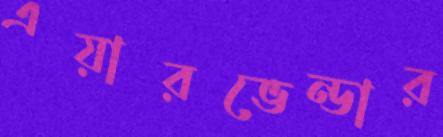
এয়ারভেন্ডার